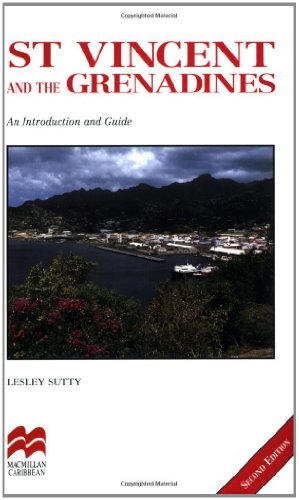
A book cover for St. Vincent and the Grenadines (Macmillan Caribbean Guides); Lesley Sutty; Travel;